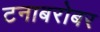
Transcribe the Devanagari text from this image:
टनाबरोबर